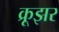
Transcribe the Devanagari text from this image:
क्रूझर